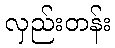
လှည်းတန်း